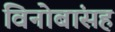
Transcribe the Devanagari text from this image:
विनोबांसह